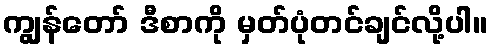
ကျွန်တော် ဒီစာကို မှတ်ပုံတင်ချင်လို့ပါ။